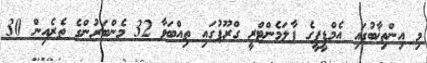
މި އިންތިޚާބުގައި އެމްޑީޕީގެ ޕާލަމެންޓްރީ ގްރޫޕުގައި ތިއްބަވާ 32 މެންބަރުންގެ ތެރެއިން 30